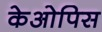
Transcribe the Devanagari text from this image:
केओपिस